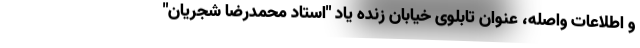
و اطلاعات واصله، عنوان تابلوی خیابان زنده یاد "استاد محمدرضا شجریان"